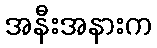
အနီးအနားက